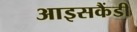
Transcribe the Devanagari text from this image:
आइसकैंडी